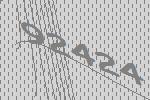
92424